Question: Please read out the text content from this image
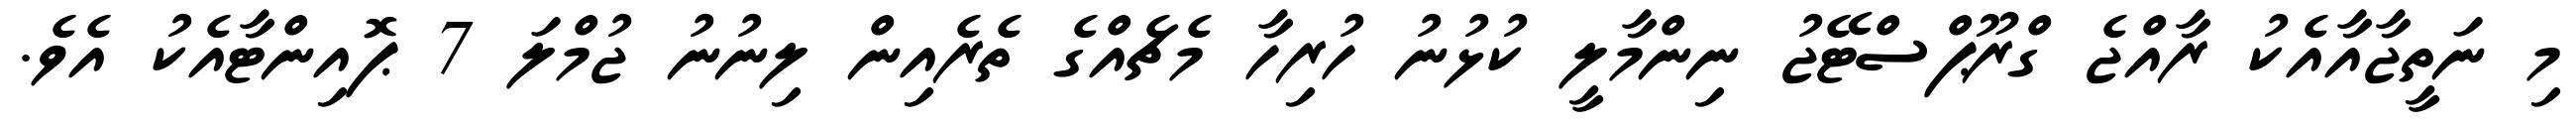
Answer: މި ނަތީޖާއާއެކު ރާއްޖެ ގްރޫޕްސްޓޭޖު ނިންމާލީ ކުޅުނު ހުރިހާ މެޗެއްގެ ތެރެއިން ލިނުނު ޖުމްލަ 7 ޕޮއިންޓާއެކު އެވެ.